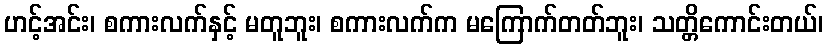
ဟင့်အင်း၊ စကားလက်နှင့် မတူဘူး၊ စကားလက်က မကြောက်တတ်ဘူး၊ သတ္တိကောင်းတယ်၊